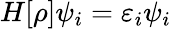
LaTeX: \begin{array}{r}{H[\rho]\psi_{i}=\varepsilon_{i}\psi_{i}}\end{array}